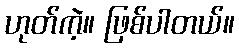
ဟုတ်ကဲ့။ ဖြစ်ပါတယ်။